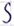
Text: S